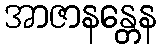
အာဇာနန္တေန